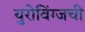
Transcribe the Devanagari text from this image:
युरोविंग्जची